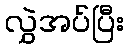
လွှဲအပ်ပြီး